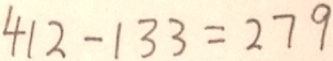
4 1 2 - 1 3 3 = 2 7 9